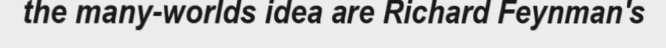
the many-worlds idea are Richard Feynman's